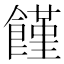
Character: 饉